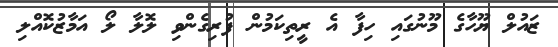
ޒައުލް ޔޫހާގެ މޫނުގައި ހިފާ އެ ރީތިކަމުން ފުރިގެންވި ލޮލާ ލޯ އަމާޒުކޮއްލި